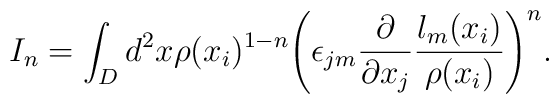
I_n=\int_D d^2 x \rho(x_i)^{1-n}\Biggl(\epsilon_{jm}\frac{\partial}{\partial x_j}\frac{l_m(x_i)}{\rho(x_i)}\Biggr)^n.